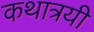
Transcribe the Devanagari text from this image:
कथात्रयी